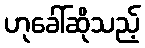
ဟုခေါ်ဆိုသည့်